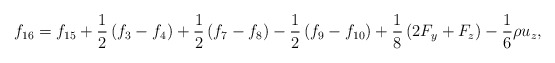
\begin{align*}{f_{16}} = {f_{15}} + \frac{1}{2}\left( {{f_3} - {f_4}} \right) + \frac{1}{2}\left( {{f_7} - {f_8}} \right) - \frac{1}{2}\left( {{f_9} - {f_{10}}} \right) + \frac{1}{8}\left( {2{F_y} + {F_z}} \right) - \frac{1}{6}\rho {u_z},\end{align*}